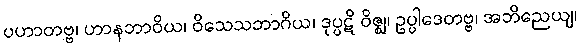
ပဟာတဗ္ဗ၊ ဟာနဘာဝိယ၊ ဝိသေသဘာဂိယ၊ ဒုပ္ပဋိ ဝိဇ္ဈ၊ ဥပ္ပါဒေတဗ္ဗ၊ အဘိညေယျ၊